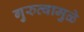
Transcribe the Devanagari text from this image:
गुरुत्वामुळे